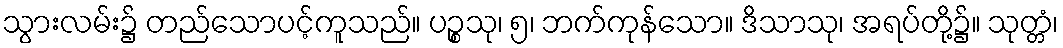
သွားလမ်း၌ တည်သောပင့်ကူသည်။ ပဉ္စသု၊ ၅၊ ဘက်ကုန်သော။ ဒိသာသု၊ အရပ်တို့၌။ သုတ္တံ၊